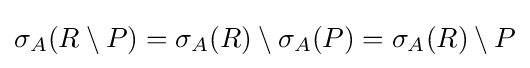
\sigma _{A}(R\setminus P)=\sigma _{A}(R)\setminus \sigma _{A}(P)=\sigma _{A}(R)\setminus P